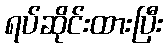
ရပ်ဆိုင်းထားပြီး